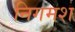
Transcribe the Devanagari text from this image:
निगमश